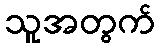
သူအတွက်